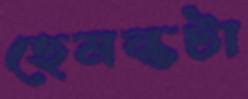
হেমন্তটা